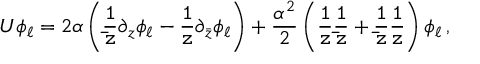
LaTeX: U \phi _ { \ell } = 2 \alpha \left( { \tt \frac { 1 } { \bar { z } } } \partial _ { z } \phi _ { \ell } - { \tt \frac { 1 } { z } } \partial _ { \bar { z } } \phi _ { \ell } \right) + \frac { \alpha ^ { 2 } } { 2 } \left( { \tt \frac { 1 } { z } { \tt \frac { 1 } { \bar { z } } } } + { \tt \frac { 1 } { \bar { z } } } { \tt \frac { 1 } { z } } \right) \phi _ { \ell } \, ,